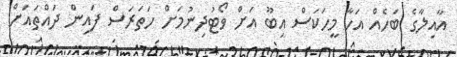
އާއިލާގެ ބަހެއް އަހާ މީހަކަސް އިބޫ އަށް ވޯޓުދިނުމަށް ހަތަރަސް ފައިން ދައްތައަށް